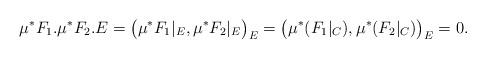
LaTeX: \begin{align*}\mu^*F_1.\mu^*F_2.E = \big(\mu^*F_1|_E,\mu^*F_2|_E\big)_E= \big(\mu^*(F_1|_C),\mu^*(F_2|_C)\big)_E=0.\end{align*}